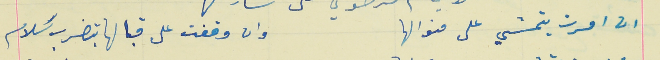
ان امرت بتمشي على منوالها                                 وان وقفت على قبالها بتضرب سَلام